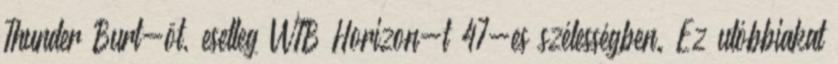
Thunder Burt-öt, esetleg WTB Horizon-t 47-es szélességben. Ez utóbbiakat